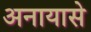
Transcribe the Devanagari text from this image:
अनायासे